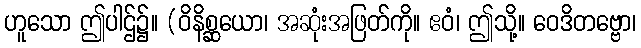
ဟူသော ဤပါဌ်၌။ (ဝိနိစ္ဆယော၊ အဆုံးအဖြတ်ကို။ ဧဝံ၊ ဤသို့။ ဝေဒိတဗ္ဗော၊